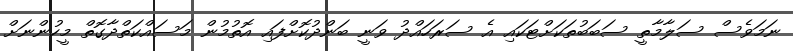
ނަމަވެސް ސަލާމާތީ ސަބަބުތަކަށްޓަކައި އެ ސަރަހައްދު ވަނީ ބަންދުކޮށްފައި އޮތުމުން މަސައްކަތްދާގޮތް މީހުންނަށް